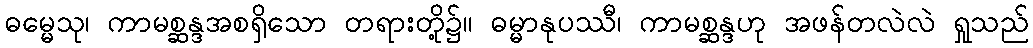
ဓမ္မေသု၊ ကာမစ္ဆန္ဒအစရှိသော တရားတို့၌။ ဓမ္မာနုပဿီ၊ ကာမစ္ဆန္ဒဟု အဖန်တလဲလဲ ရှုသည်